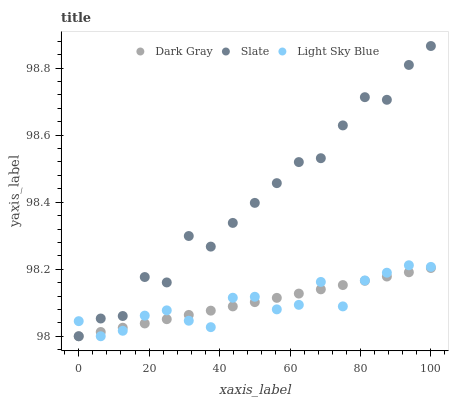
| xaxis_label | Dark Gray | Slate | Light Sky Blue |
 | --- | --- | --- | --- |
 | 0 | 98 | 98 | 98 |
 | 6.25 | 98 | 98.1 | 98 |
 | 12.5 | 98 | 98.1 | 98 |
 | 18.8 | 98 | 98.2 | 98.1 |
 | 25 | 98.1 | 98.2 | 98.1 |
 | 31.2 | 98.1 | 98.3 | 98 |
 | 37.5 | 98.1 | 98.3 | 98 |
 | 43.8 | 98.1 | 98.3 | 98.1 |
 | 50 | 98.1 | 98.4 | 98.1 |
 | 56.2 | 98.1 | 98.5 | 98.1 |
 | 62.5 | 98.1 | 98.5 | 98.1 |
 | 68.8 | 98.1 | 98.5 | 98.2 |
 | 75 | 98.2 | 98.6 | 98.1 |
 | 81.2 | 98.2 | 98.7 | 98.2 |
 | 87.5 | 98.2 | 98.7 | 98.2 |
 | 93.8 | 98.2 | 98.8 | 98.2 |
 | 100 | 98.2 | 98.9 | 98.2 |